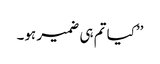
’’کیا تم ہی ضمیر ہو۔